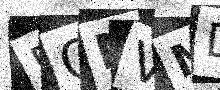
Text: 5QMVMD